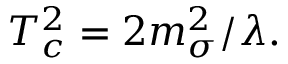
T _ { c } ^ { 2 } = 2 m _ { \sigma } ^ { 2 } / \lambda .